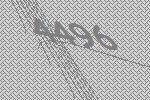
4496